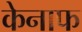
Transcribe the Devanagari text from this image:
केनाफ